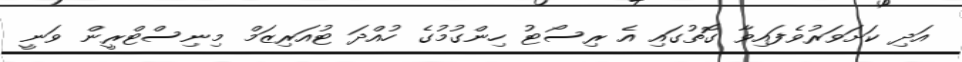
އަދި ކަށަވަރުވެފައިވާ ގޮތުގައި އެ ރިސޯޓު ހިންގުމުގެ ހުއްދަ ޓުއަރިޒަމް މިނިސްޓްރީން ވަނީ